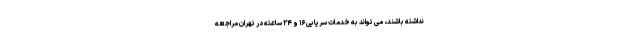
نداشته باشند، می تواند به خدمات سرپایی ۱۶ و ۲۴ ساعته در تهران مراجعه